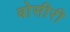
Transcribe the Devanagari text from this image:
बोसीरी